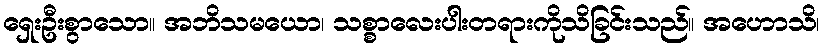
ရှေးဦးစွာသော။ အဘိသမယော၊ သစ္စာလေးပါးတရားကိုသိခြင်းသည်။ အဟောသိ၊